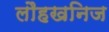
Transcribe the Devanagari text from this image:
लौहखनिज